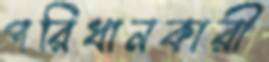
পরিধানকারী